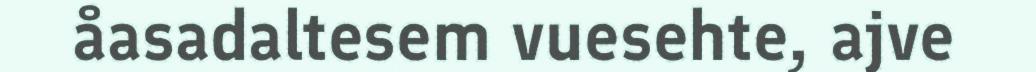
åasadaltesem vuesehte, ajve